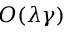
O ( \lambda \gamma )